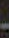
-